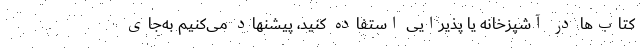
کتاب‌ها در آشپزخانه یا پذیرایی استفاده کنید، پیشنهاد می‌کنیم به‌جای